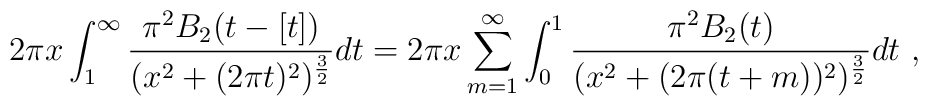
2\pi x \int_1^\infty {\pi^2 B_2(t-[t])\over(x^2+(2\pi t)^2)^{{3\over 2}}} dt = 2\pi x \sum_{m=1}^\infty \int_0^1{\pi^2 B_2(t)\over (x^2+(2\pi (t+m))^2)^{{3\over 2}}} dt \ ,